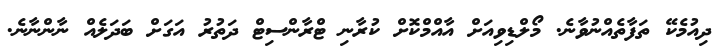
ދިއުމެކޭ ތަފާތެއްނުވާނެ. މޯލްޑިވިއަށް އާއްމްކޮށް ކުރާނި ޓްރާންސިޓް ދަތުރު އަގަށް ބަދަލެއް ނާންނާނެ.